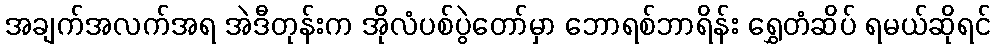
အချက်အလက်အရ အဲဒီတုန်းက အိုလံပစ်ပွဲတော်မှာ ဘောရစ်ဘာရိန်း ရွှေတံဆိပ် ရမယ်ဆိုရင်